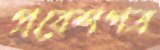
প্রবেশপত্র